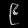
Digit: ၉